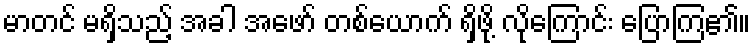
မာတင် မရှိသည့် အခါ အဖော် တစ်ယောက် ရှိဖို့ လိုကြောင်း ပြောကြ၏။